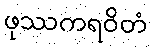
ဖုဿကရဝိတံ